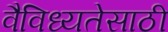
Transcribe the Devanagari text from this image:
वैविध्यतेसाठी